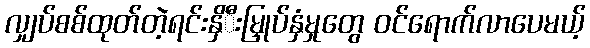
လျှပ်စစ်ထုတ်တဲ့ရင်းနှိီးမြှုပ်နှံမှုတွေ ဝင်ရောက်လာပေမယ့်